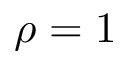
\rho = 1